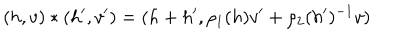
( h , v ) \ast ( h ^ { \prime } , v ^ { \prime } ) = ( h + h ^ { \prime } , \rho _ { 1 } ( h ) v ^ { \prime } + \rho _ { 2 } ( h ^ { \prime } ) ^ { - 1 } v )